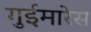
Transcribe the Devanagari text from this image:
गुईमारेस